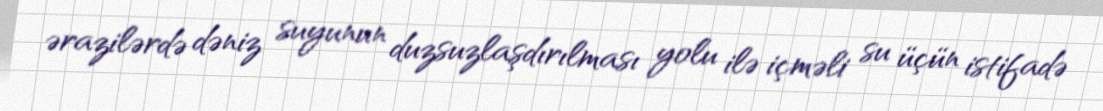
ərazilərdə dəniz suyunun duzsuzlaşdırılması yolu ilə içməli su üçün istifadə